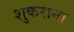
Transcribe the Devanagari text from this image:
शुकराना